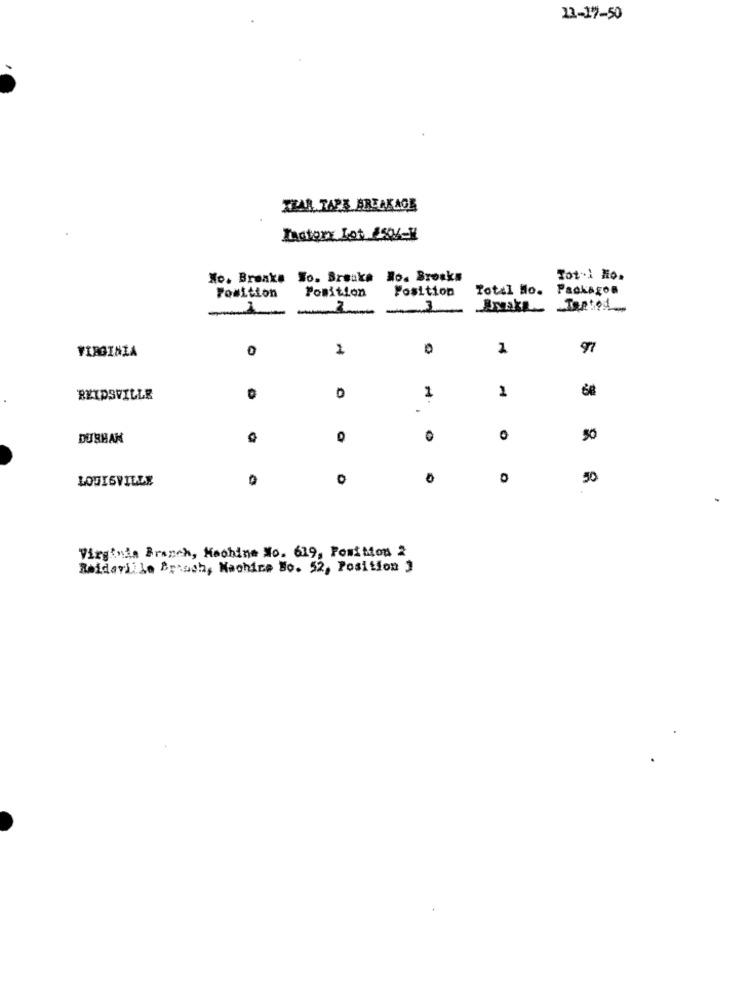
13-17-50
XHAR TAPA BREAKAGE
Lastory Lot 250%-H
No. Branka Wo. Breuka Ro. Brosks
Tot-1 Ho.
Position
Total No. Packagon
Position
Position
3
VIRGINIA
0
1
1
97
2
REIDSVILLE
1
-
O
50
LOUISVILLE
D
0
50
Virginia Branch, Machine No. 619, Position 2
Reidaville Broach, Machine Bo. 52, Position "